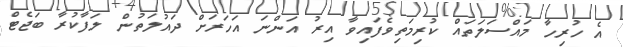
އެ ހުރިހާ މައްސަލަތައް ކުރިމަތިވެފައިވާ އިރު އަންނަ އަހަރަށް ދައުލަތުން ލަފާކުރާ ބަޖެޓް